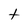
Character: t